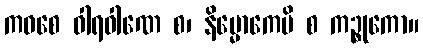
ကဝစေ ဝါရဝါဏေ စ၊ နိမ္မောကေပိ စ ကဉ္စုကော။